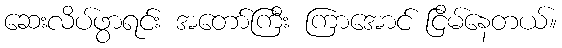
ဆေးလိပ်ဖွာရင်း အတော်ကြီး ကြာအောင် ငြိမ်နေတယ်။